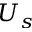
U _ { s }